Annual report on the Civil Veterinary Department, Burma (including the Insein Veterinary School) - 1923-1931
Year: 1923
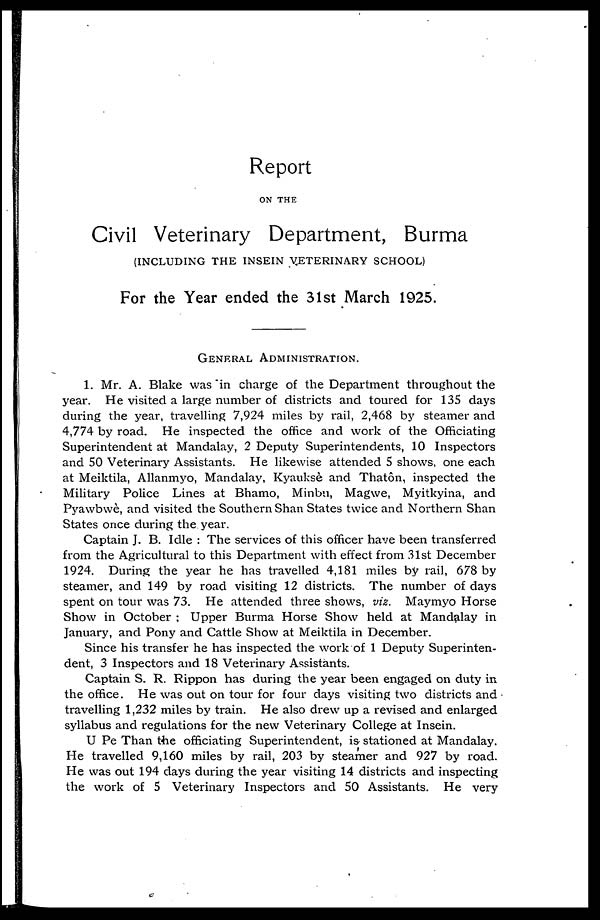
Report
ON THE
Civil Veterinary Department, Burma
(INCLUDING THE INSEIN VETERINARY SCHOOL)
For the Year ended the 31st March 1925.
GENERAL ADMINISTRATION.
1. Mr. A. Blake was in charge of the Department throughout the
year. He visited a large number of districts and toured for 135 days
during the year, travelling 7,924 miles by rail, 2,468 by steamer and
4,774 by road. He inspected the office and work of the Officiating
Superintendent at Mandalay, 2 Deputy Superintendents, 10 Inspectors
and 50 Veterinary Assistants. He likewise attended 5 shows, one each
at Meiktila, Allanmyo, Mandalay, Kyauksè and Thatôn, inspected the
Military Police Lines at Bhamo, Minbu, Magwe, Myitkyina, and
Pyawbwè, and visited the Southern Shan States twice and Northern Shan
States once during the year.
Captain J. B. Idle : The services of this officer have been transferred
from the Agricultural to this Department with effect from 31st December
1924. During the year he has travelled 4,181 miles by rail, 678 by
steamer, and 149 by road visiting 12 districts. The number of days
spent on tour was 73. He attended three shows, viz. Maymyo Horse
Show in October ; Upper Burma Horse Show held at Mandalay in
January, and Pony and Cattle Show at Meiktila in December.
Since his transfer he has inspected the work of 1 Deputy Superinten-
dent, 3 Inspectors and 18 Veterinary Assistants.
Captain S. R. Rippon has during the year been engaged on duty in
the office. He was out on tour for four days visiting two districts and
travelling 1,232 miles by train. He also drew up a revised and enlarged
syllabus and regulations for the new Veterinary College at Insein.
U Pe Than the officiating Superintendent, is stationed at Mandalay.
He travelled 9,160 miles by rail, 203 by steamer and 927 by road.
He was out 194 days during the year visiting 14 districts and inspecting
the work of 5 Veterinary Inspectors and 50 Assistants. He very